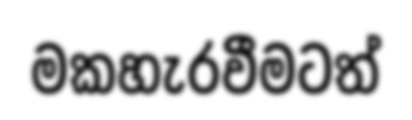
මකහැරවීමටත්